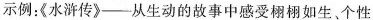
示例：《水浒传》--从生动的故事中感受栩栩如生、个性